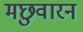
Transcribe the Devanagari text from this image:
मछुवारन